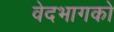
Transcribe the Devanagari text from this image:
वेदभागको